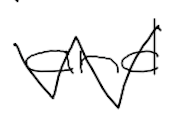
Text: and
Cross-out: zig-zag
Writing tool: digital_black